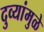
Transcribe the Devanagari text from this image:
दुव्यांमुळे